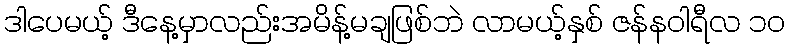
ဒါပေမယ့် ဒီနေ့မှာလည်းအမိန့်မချဖြစ်ဘဲ လာမယ့်နှစ် ဇန်နဝါရီလ ၁၀